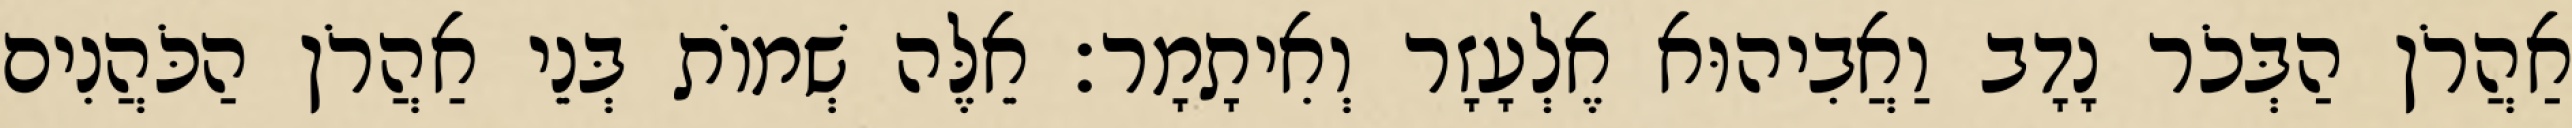
אַהֲרֹן הַבְּכֹר נָדָב וַאֲבִיהוּא אֶלְעָזָר וְאִיתָמָר׃ אֵלֶּה שְׁמוֹת בְּנֵי אַהֲרֹן הַכֹּהֲנִים